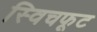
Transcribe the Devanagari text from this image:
स्विचफूट